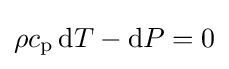
\rho c_{\text{p}}\,\mathrm {d} T-\mathrm {d} P=0